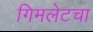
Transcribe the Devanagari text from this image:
गिमलेटचा